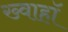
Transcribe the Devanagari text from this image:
ख्वाहाॅ